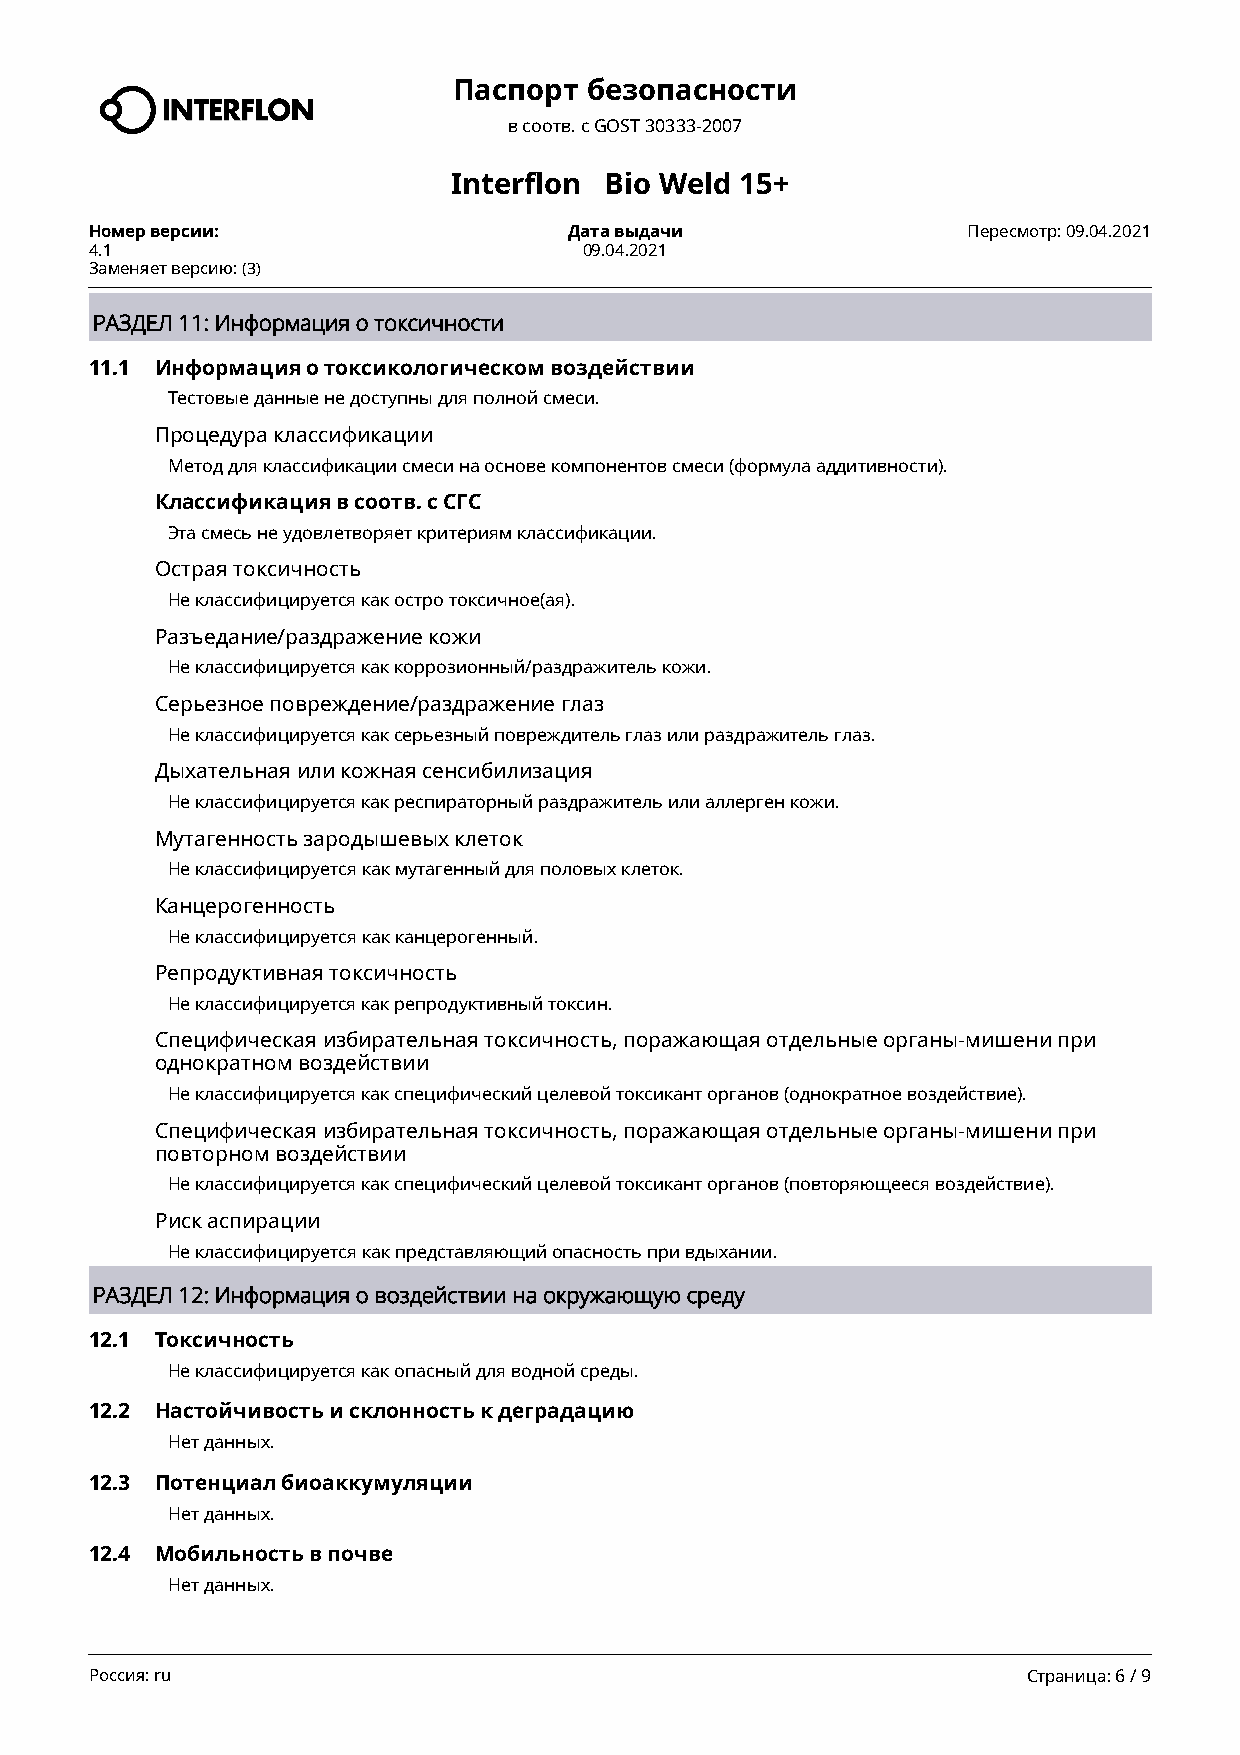
Паспорт  безопасности
 в соотв. c GOST 30333-2007
 Interflon Bio Weld 15+
 Номер версии:                   Дата выдачи               Пересмотр: 09.04.2021
 4.1                              09.04.2021
 Заменяет версию: (3)
 РАЗДЕЛ 11: Информация о токсичности
 11.1 Информация о токсикологическом воздействии
 Тестовые данные не доступны для полной смеси.
 Процедура классификации
 Метод для классификации смеси на основе компонентов смеси (формула аддитивности).
 Классификация в соотв. с СГС
 Эта смесь не удовлетворяет критериям классификации.
 Острая токсичность
 Не классифицируется как остро токсичное(ая).
 Разъедание/раздражение кожи
 Не классифицируется как коррозионный/раздражитель кожи.
 Серьезное повреждение/раздражение глаз
 Не классифицируется как серьезный повреждитель глаз или раздражитель глаз.
 Дыхательная или кожная сенсибилизация
 Не классифицируется как респираторный раздражитель или аллерген кожи.
 Мутагенность зародышевых клеток
 Не классифицируется как мутагенный для половых клеток.
 Канцерогенность
 Не классифицируется как канцерогенный.
 Репродуктивная токсичность
 Не классифицируется как репродуктивный токсин.
 Специфическая избирательная токсичность, поражающая отдельные органы-мишени при
 однократном воздействии
 Не классифицируется как специфический целевой токсикант органов (однократное воздействие).
 Специфическая избирательная токсичность, поражающая отдельные органы-мишени при
 повторном воздействии
 Не классифицируется как специфический целевой токсикант органов (повторяющееся воздействие).
 Риск аспирации
 Не классифицируется как представляющий опасность при вдыхании.
 РАЗДЕЛ 12: Информация о воздействии на окружающую среду
 12.1 Токсичность
 Не классифицируется как опасный для водной среды.
 12.2 Настойчивость и склонность к деградацию
 Нет данных.
 12.3 Потенциал биоаккумуляции
 Нет данных.
 12.4 Мобильность в почве
 Нет данных.
 Россия: ru                                                    Страница: 6 / 9